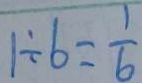
1 \div 6 = \frac { 1 } { 6 }